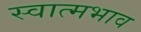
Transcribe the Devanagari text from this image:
स्वात्मभाव